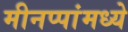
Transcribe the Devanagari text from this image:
मीनप्पांमध्ये